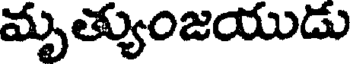
మృత్యుంజయుడు